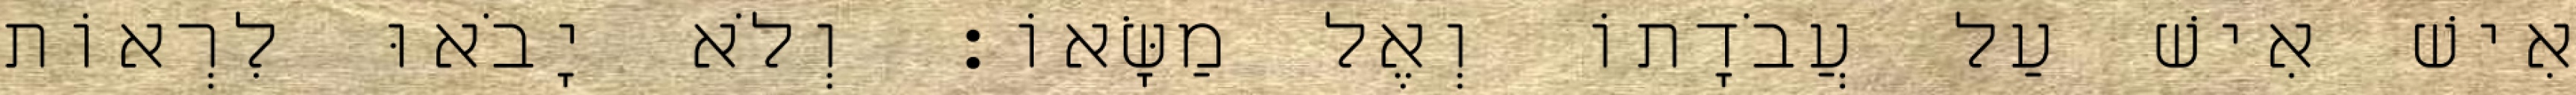
אִישׁ אִישׁ עַל עֲבֹדָתוֹ וְאֶל מַשָּׂאוֹ׃ וְלֹא יָבֹאוּ לִרְאוֹת